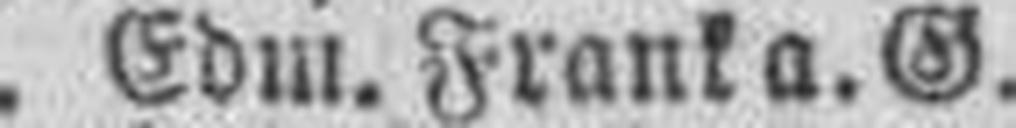
Edm. Frank a. G.